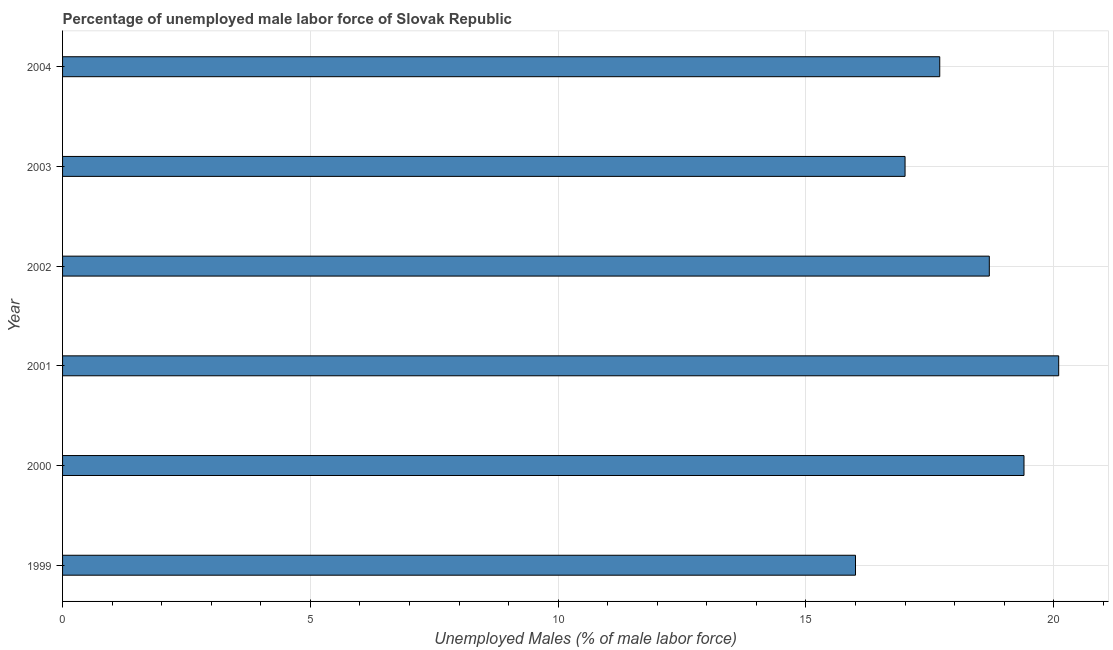
| Year | Unemployment male |
 | --- | --- |
 | 1999 | 16 |
 | 2000 | 19.4 |
 | 2001 | 20.1 |
 | 2002 | 18.7 |
 | 2003 | 17 |
 | 2004 | 17.7 |